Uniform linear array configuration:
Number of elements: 64
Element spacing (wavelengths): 0.75
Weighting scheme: hamming
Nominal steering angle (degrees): -60
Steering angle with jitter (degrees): -58.281
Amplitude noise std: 0.05
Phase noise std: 0.05

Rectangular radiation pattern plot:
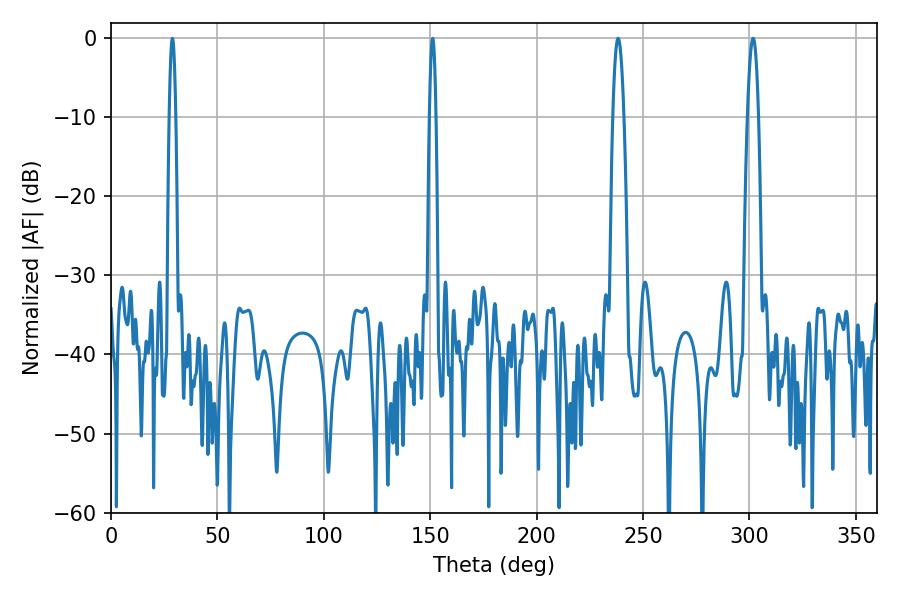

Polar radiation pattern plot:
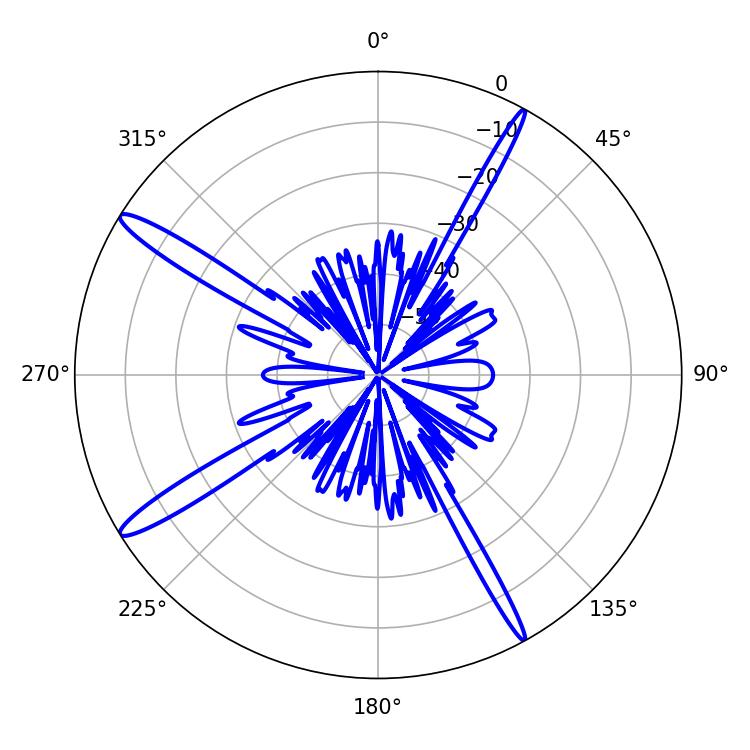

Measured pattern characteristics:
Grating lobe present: TRUE
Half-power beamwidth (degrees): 2.88
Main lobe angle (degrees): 301.68